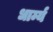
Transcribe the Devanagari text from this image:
धार्म्य